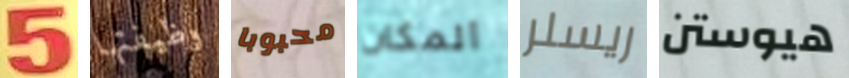
5 وظيفتها محبوبا المكان ريسلر هيوستن